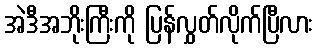
အဲဒီအဘိုးကြီးကို ပြန်လွှတ်လိုက်ပြီလား